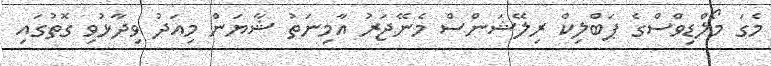
މެގަ މޯލްޑިވްސްގެ ޕަބްލިކް ރިލޭޝަންސް މެނޭޖަރު އާމިނަތު ޝާޔަން މިއަދު ވިދާޅުވި ގޮތުގައި